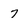
Character: 7